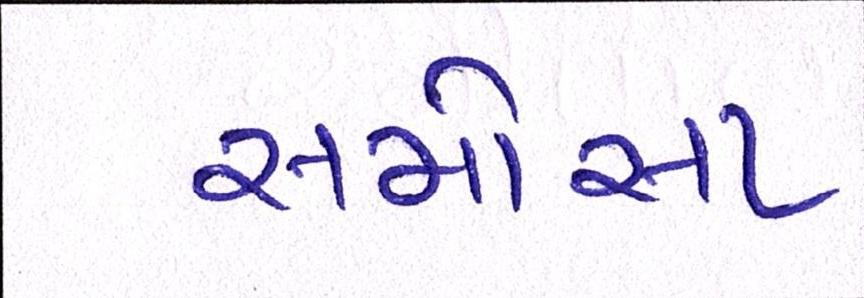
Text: સમોસા